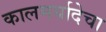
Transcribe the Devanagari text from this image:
कालमर्यादेचा